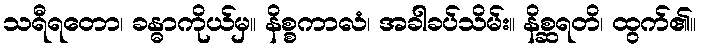
သရီရတော၊ ခန္ဓာကိုယ်မှ။ နိစ္စကာလံ၊ အခါခပ်သိမ်း။ နိစ္ဆရတိ၊ ထွက်၏။